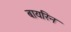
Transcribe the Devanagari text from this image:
बायरिन